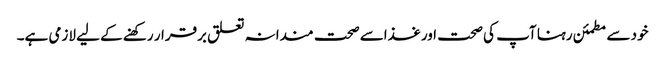
خود سے مطمئن رہنا آپ کی صحت اور غذاسے صحت مندانہ تعلق برقرار رکھنے کے لیے لازمی ہے۔